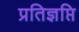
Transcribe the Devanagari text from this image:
प्रतिज्ञप्ति